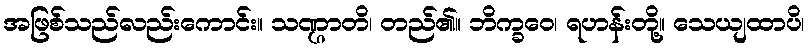
အဖြစ်သည်လည်းကောင်း။ သဏ္ဌာတိ၊ တည်၏။ ဘိက္ခဝေ၊ ရဟန်းတို့။ သေယျထာပိ၊